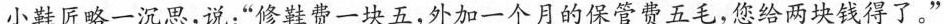
小鞋匠略一沉思，说：“修鞋费一块五，外加一个月的保管费五毛，您给两块钱得了。”